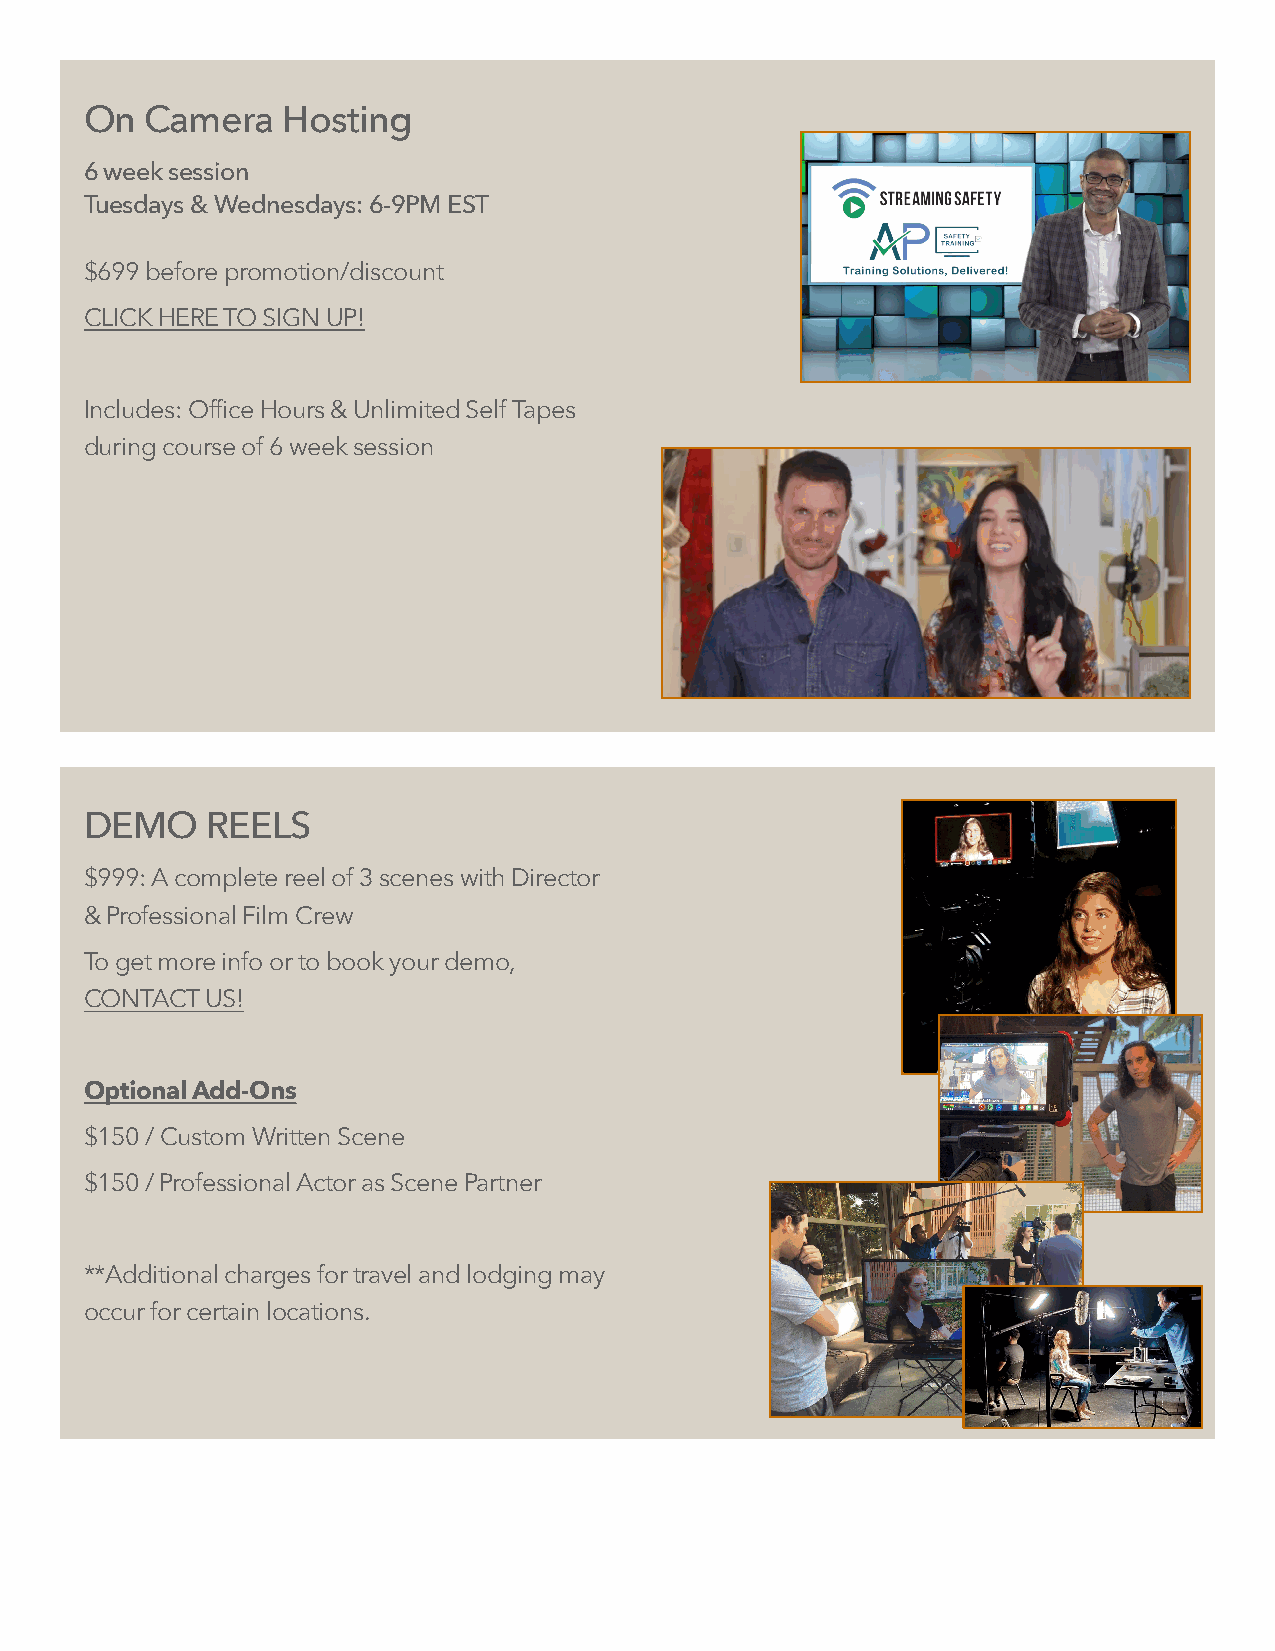
On  Camera   Hosting
 6 week session
 Tuesdays & Wednesdays: 6-9PM EST
 $699 before promotion/discount
 CLICK HERE TO SIGN UP!
 Includes: Office Hours & Unlimited Self Tapes
 during course of 6 week session
 DEMO    REELS
 $999: A complete reel of 3 scenes with Director
 & Professional Film Crew
 To get more info or to book your demo,
 CONTACT US!
 Optional Add-Ons
 $150 / Custom Written Scene
 $150 / Professional Actor as Scene Partner
 **Additional charges for travel and lodging may
 occur for certain locations.